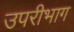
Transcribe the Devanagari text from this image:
उपरीभाग